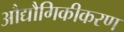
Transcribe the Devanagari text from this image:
औद्यौगिकीकरण